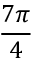
\frac { 7 \pi } { 4 }